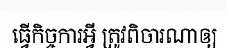
ធ្វើកិច្ចការអ្វី ត្រូវពិចារណាឲ្យ